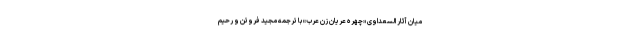
میان آثار السعداوی «چهره عریان زن عرب» با ترجمه مجید فروتن و رحیم